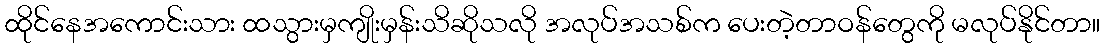
ထိုင်နေအကောင်းသား ထသွားမှကျိုးမှန်းသိဆိုသလို အလုပ်အသစ်က ပေးတဲ့တာဝန်တွေကို မလုပ်နိုင်တာ။